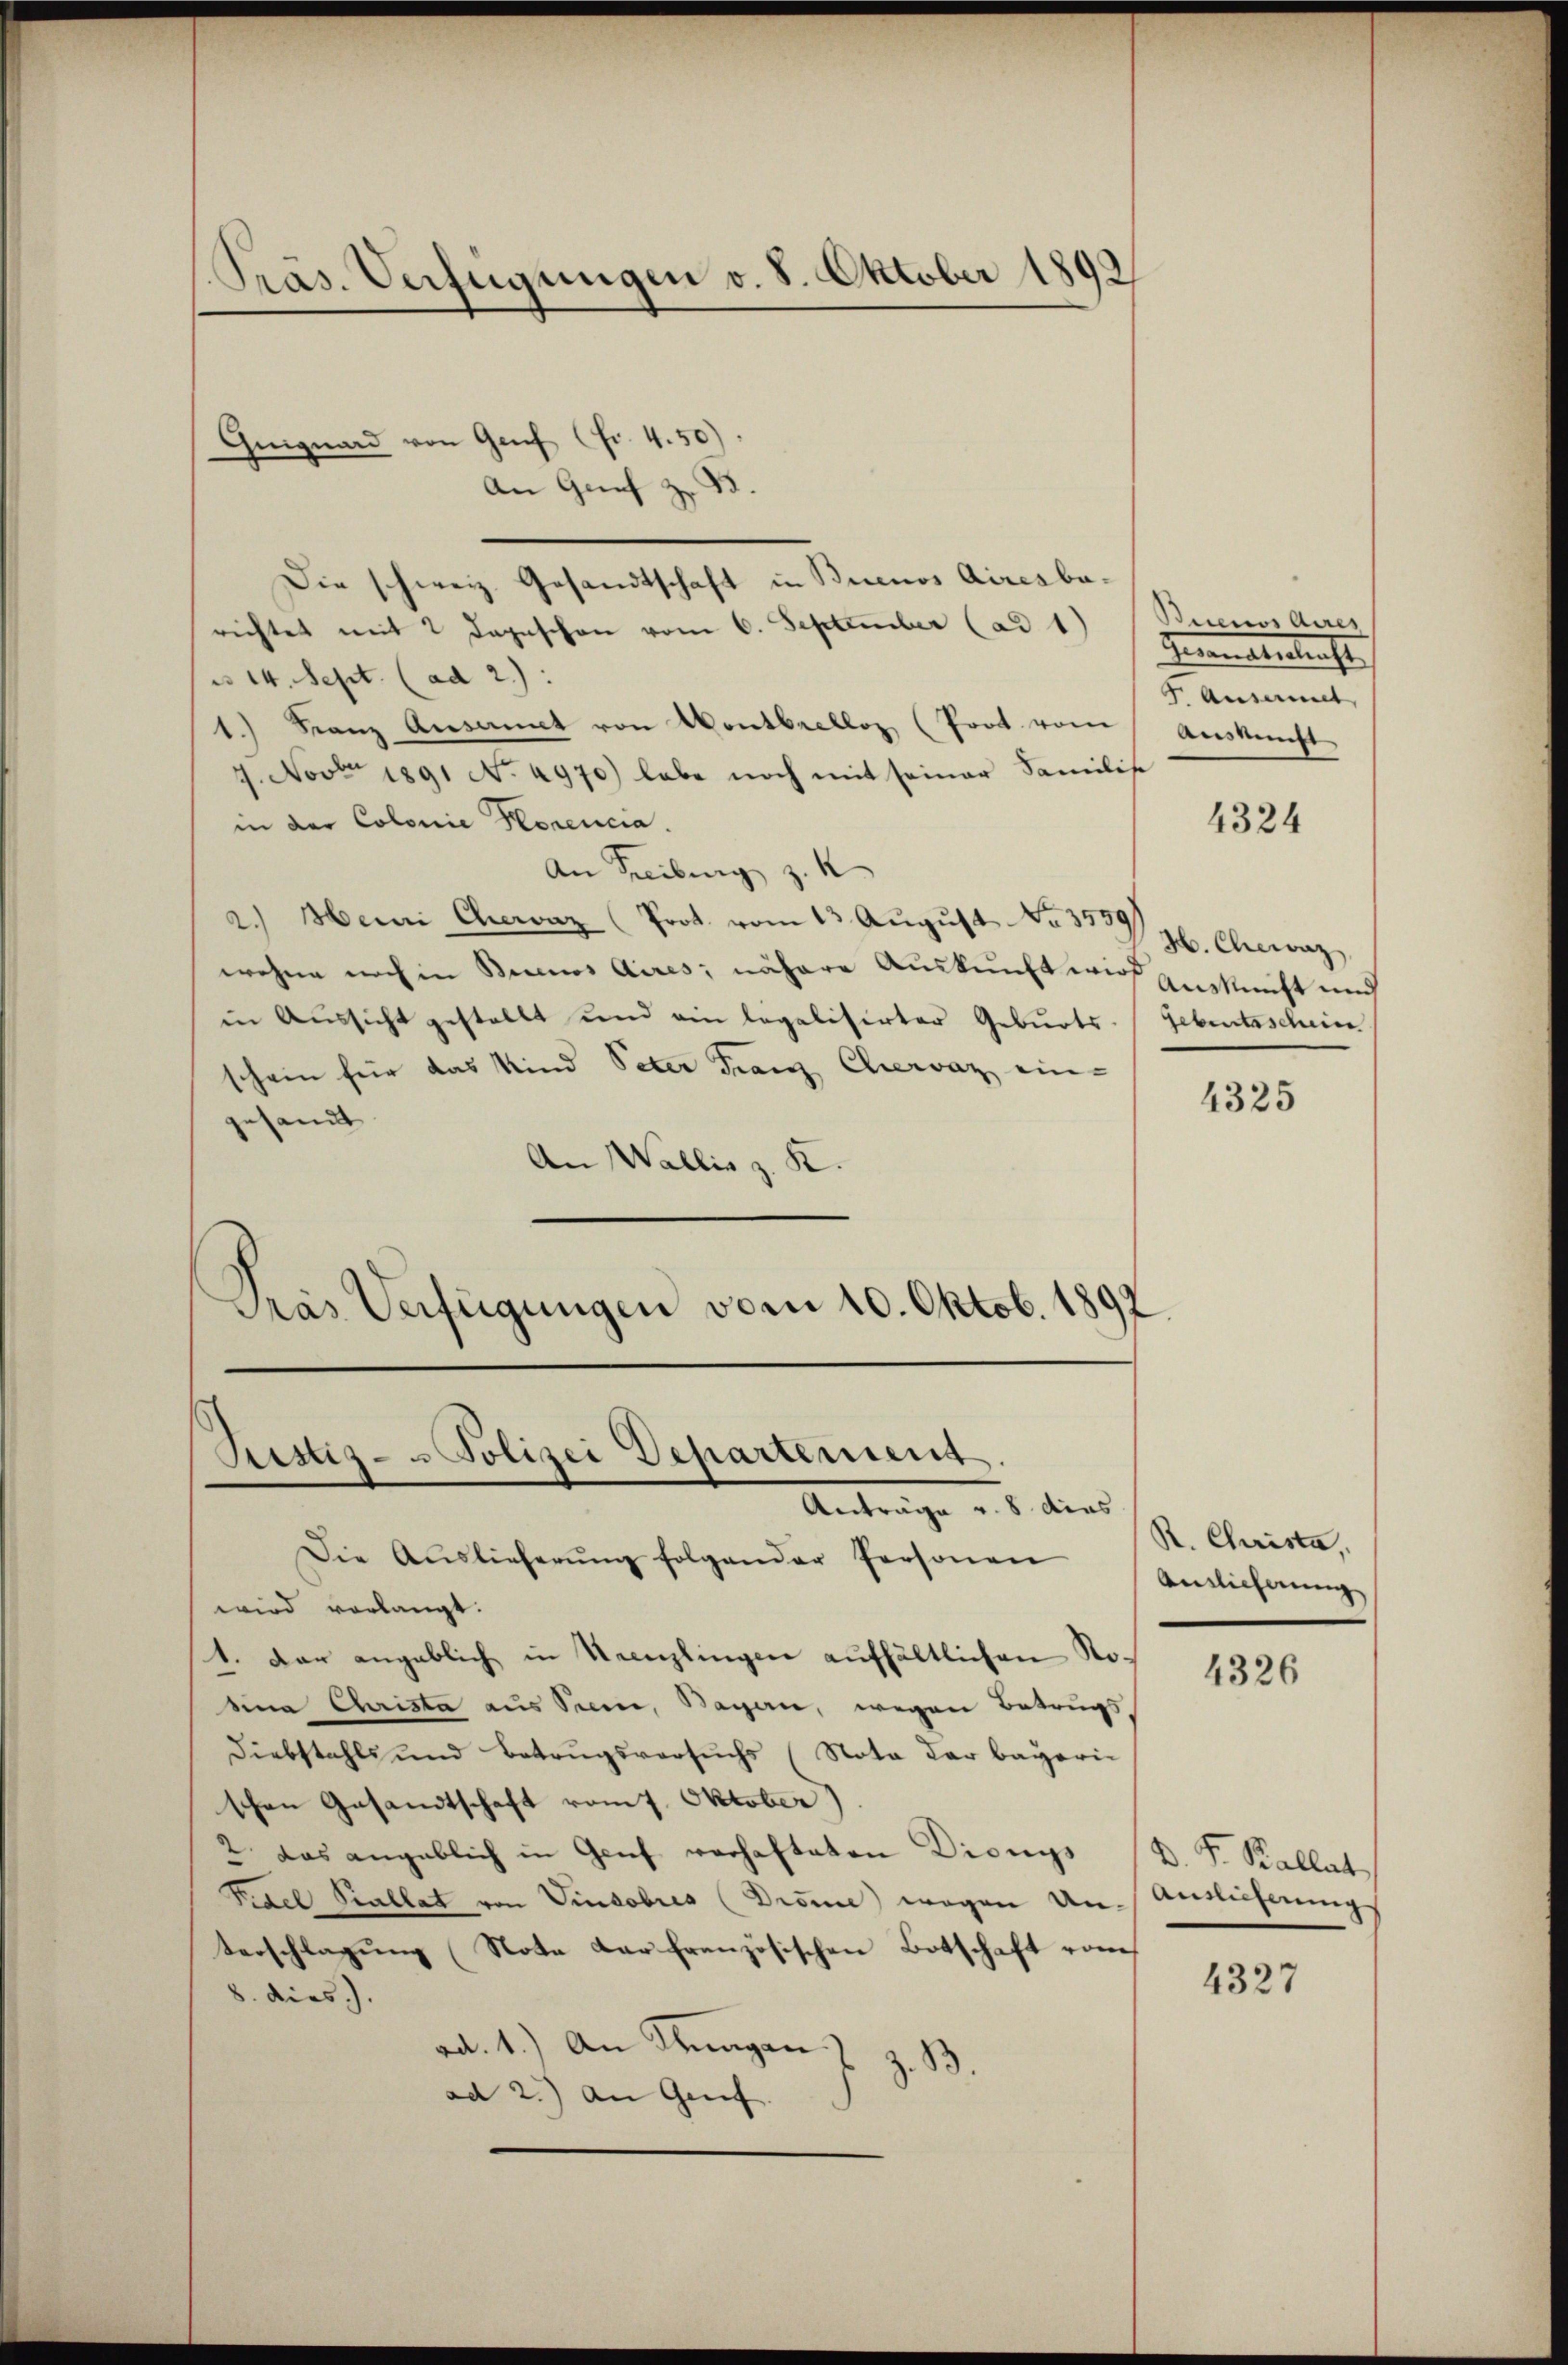
Präs. Verfügungen v. 8. Oktober 1892

Griguard von Genf (Fr. 4.50)
An Graf zu 13
Die schweiz. Gesandtschaft in Buenos Airesbarichtet mit 2 Tageschon vom 6. September (ad 1)
 14. Sept. (ad 2.):
1.) Franz Ansamt von Montbrelloz (Prot. vom
7. Novte 1891 No 4970) habe noch mit seiner Familie
in der Colonie Horencia.
An Freiburg z. K
2.) Heini Chervaz (Prot. vom 13. Aŭgŭst No. 373. Craz
wohne noch in Buenos Aires; nähere Auskunft wie Auskunft mich
in Aussicht gestellt und ein legalisirter Geburts
schein für das Kind Peter Franz Chervaz ein-
sesandt
An Wallis z. K.
Pras Verfügungen vom 10. Oktob. 1897

Ristis- Polizei Departement
Anträge v. 8. dies

Buenos Aires
Innern Antracht
. Ansinnt
Auskunft.

Die Auslieferŭng folgender Personen
wird vorlangt.
1. Das angeblich in Neenzlingen aufhältlichen Nosina Christa aus Seen, Bagen, wegen Betrugs,
Diebstahls und Betrugsversuchs (Nota der bayeri
schen Gesandtschaft vom 7. Oktober)
2. Das angeblich in Genf verhafteten Dionys D. F. Kallat
Fidel Scallat von Vindobres (Drome) wegen Un- Auslieferung
terschlagung (Note dar französischen Botschaft vom
8. dies.).
ad. 1.) An Stragen z z. B
ad 2.) An Genf.

4324

Gebinterschein

4325

R. Christa
Ainlicherung

4326

4327